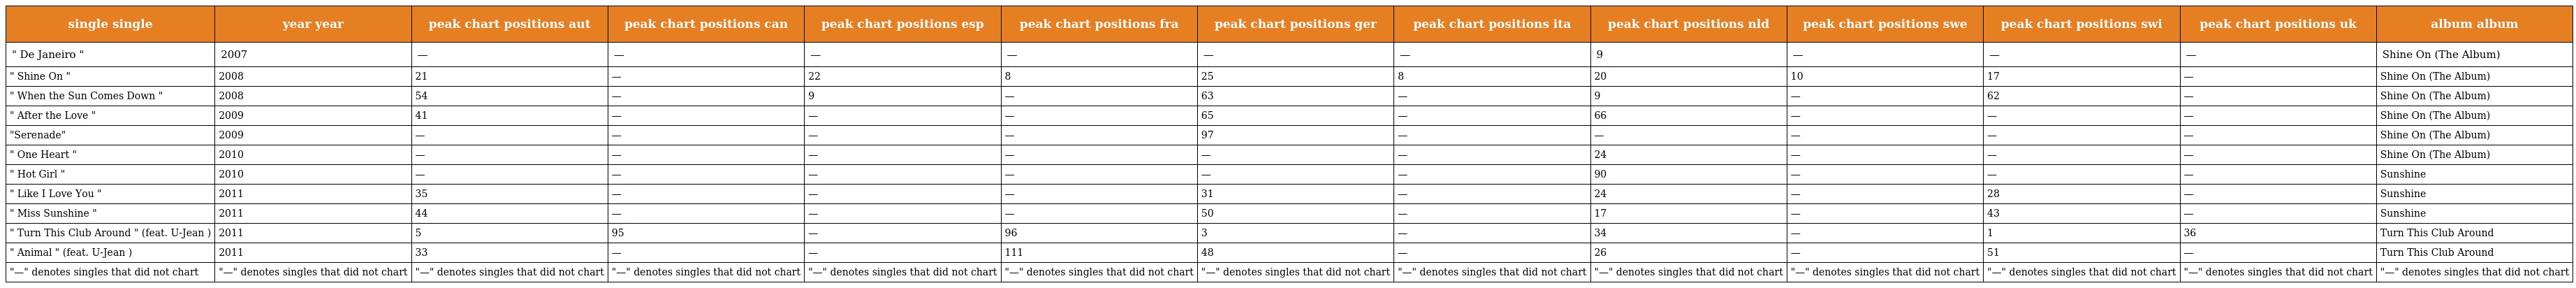
| single single | year year | peak chart positions aut | peak chart positions can | peak chart positions esp | peak chart positions fra | peak chart positions ger | peak chart positions ita | peak chart positions nld | peak chart positions swe | peak chart positions swi | peak chart positions uk | album album |
 | --- | --- | --- | --- | --- | --- | --- | --- | --- | --- | --- | --- | --- |
 | " De Janeiro " | 2007 | — | — | — | — | — | — | 9 | — | — | — | Shine On (The Album) |
 | " Shine On " | 2008 | 21 | — | 22 | 8 | 25 | 8 | 20 | 10 | 17 | — | Shine On (The Album) |
 | " When the Sun Comes Down " | 2008 | 54 | — | 9 | — | 63 | — | 9 | — | 62 | — | Shine On (The Album) |
 | " After the Love " | 2009 | 41 | — | — | — | 65 | — | 66 | — | — | — | Shine On (The Album) |
 | "Serenade" | 2009 | — | — | — | — | 97 | — | — | — | — | — | Shine On (The Album) |
 | " One Heart " | 2010 | — | — | — | — | — | — | 24 | — | — | — | Shine On (The Album) |
 | " Hot Girl " | 2010 | — | — | — | — | — | — | 90 | — | — | — | Sunshine |
 | " Like I Love You " | 2011 | 35 | — | — | — | 31 | — | 24 | — | 28 | — | Sunshine |
 | " Miss Sunshine " | 2011 | 44 | — | — | — | 50 | — | 17 | — | 43 | — | Sunshine |
 | " Turn This Club Around " (feat. U-Jean ) | 2011 | 5 | 95 | — | 96 | 3 | — | 34 | — | 1 | 36 | Turn This Club Around |
 | " Animal " (feat. U-Jean ) | 2011 | 33 | — | — | 111 | 48 | — | 26 | — | 51 | — | Turn This Club Around |
 | "—" denotes singles that did not chart | "—" denotes singles that did not chart | "—" denotes singles that did not chart | "—" denotes singles that did not chart | "—" denotes singles that did not chart | "—" denotes singles that did not chart | "—" denotes singles that did not chart | "—" denotes singles that did not chart | "—" denotes singles that did not chart | "—" denotes singles that did not chart | "—" denotes singles that did not chart | "—" denotes singles that did not chart | "—" denotes singles that did not chart |